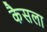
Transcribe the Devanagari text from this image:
कैसला